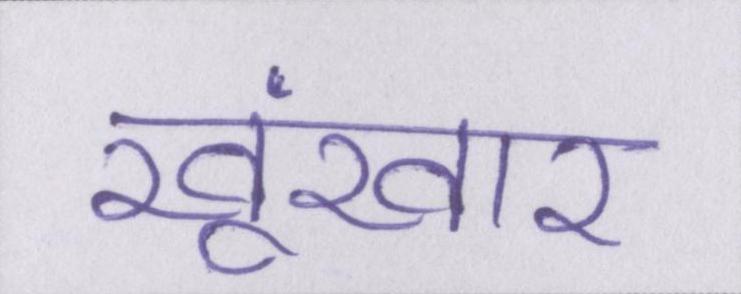
खूंखार